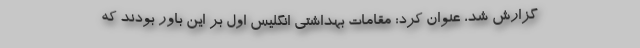
گزارش شد، عنوان کرد: مقامات بهداشتی انگلیس اول بر این باور بودند که